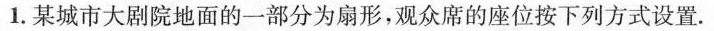
1.某城市大剧院地面的一部分为扇形，观众席的座位按下列方式设置。